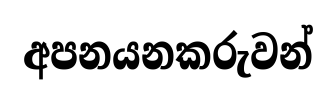
අපනයනකරුවන්